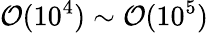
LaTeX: \mathcal{O}(10^{4})\sim\mathcal{O}(10^{5})